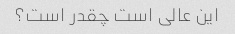
این عالی است چقدر است؟